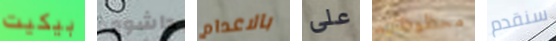
بيكيت داشوود بالاعدام على محظوظان سنقدم